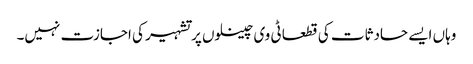
وہاں ایسے حادثات کی قطعا ٹی وی چینلوں پر تشہیر کی اجازت نہیں۔